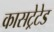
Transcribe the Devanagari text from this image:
कासट्रेटेड